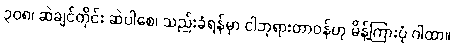
၃၀၈၊ ဆဲချင်တိုင်း ဆဲပါစေ၊ သည်းခံရန်မှာ ငါဘုရားတာဝန်ဟု မိန့်ကြားပုံ ဂါထာ။